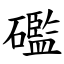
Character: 礛